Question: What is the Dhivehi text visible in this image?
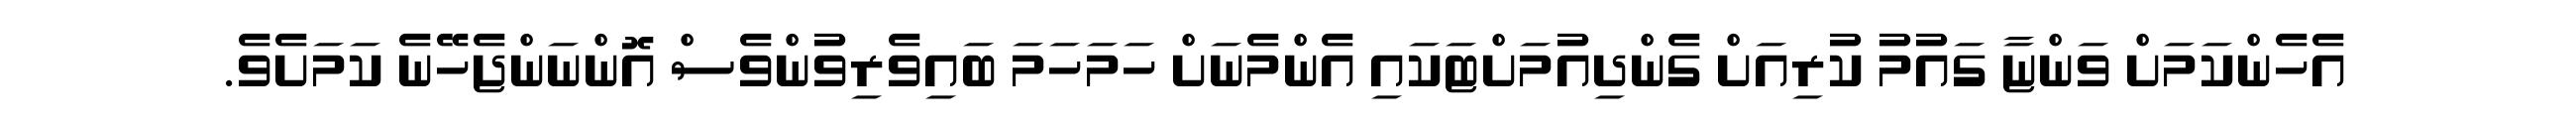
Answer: އެހެންކަމަށް ވަންޏާ ގައުމު ކުރިއަށް ގެންދިއުމަށްޓަކައި އެންމެނަށް ހަމަހަމަ ބައިވެރިވުންވެސް އޮންނަންޖެހޭނެ ކަމަށެވެ.